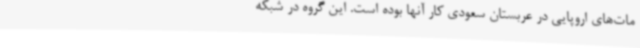
مات‌های اروپایی در عربستان سعودی کار آنها بوده است. این گروه در شبکه